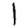
Digit: 1